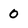
Character: 0